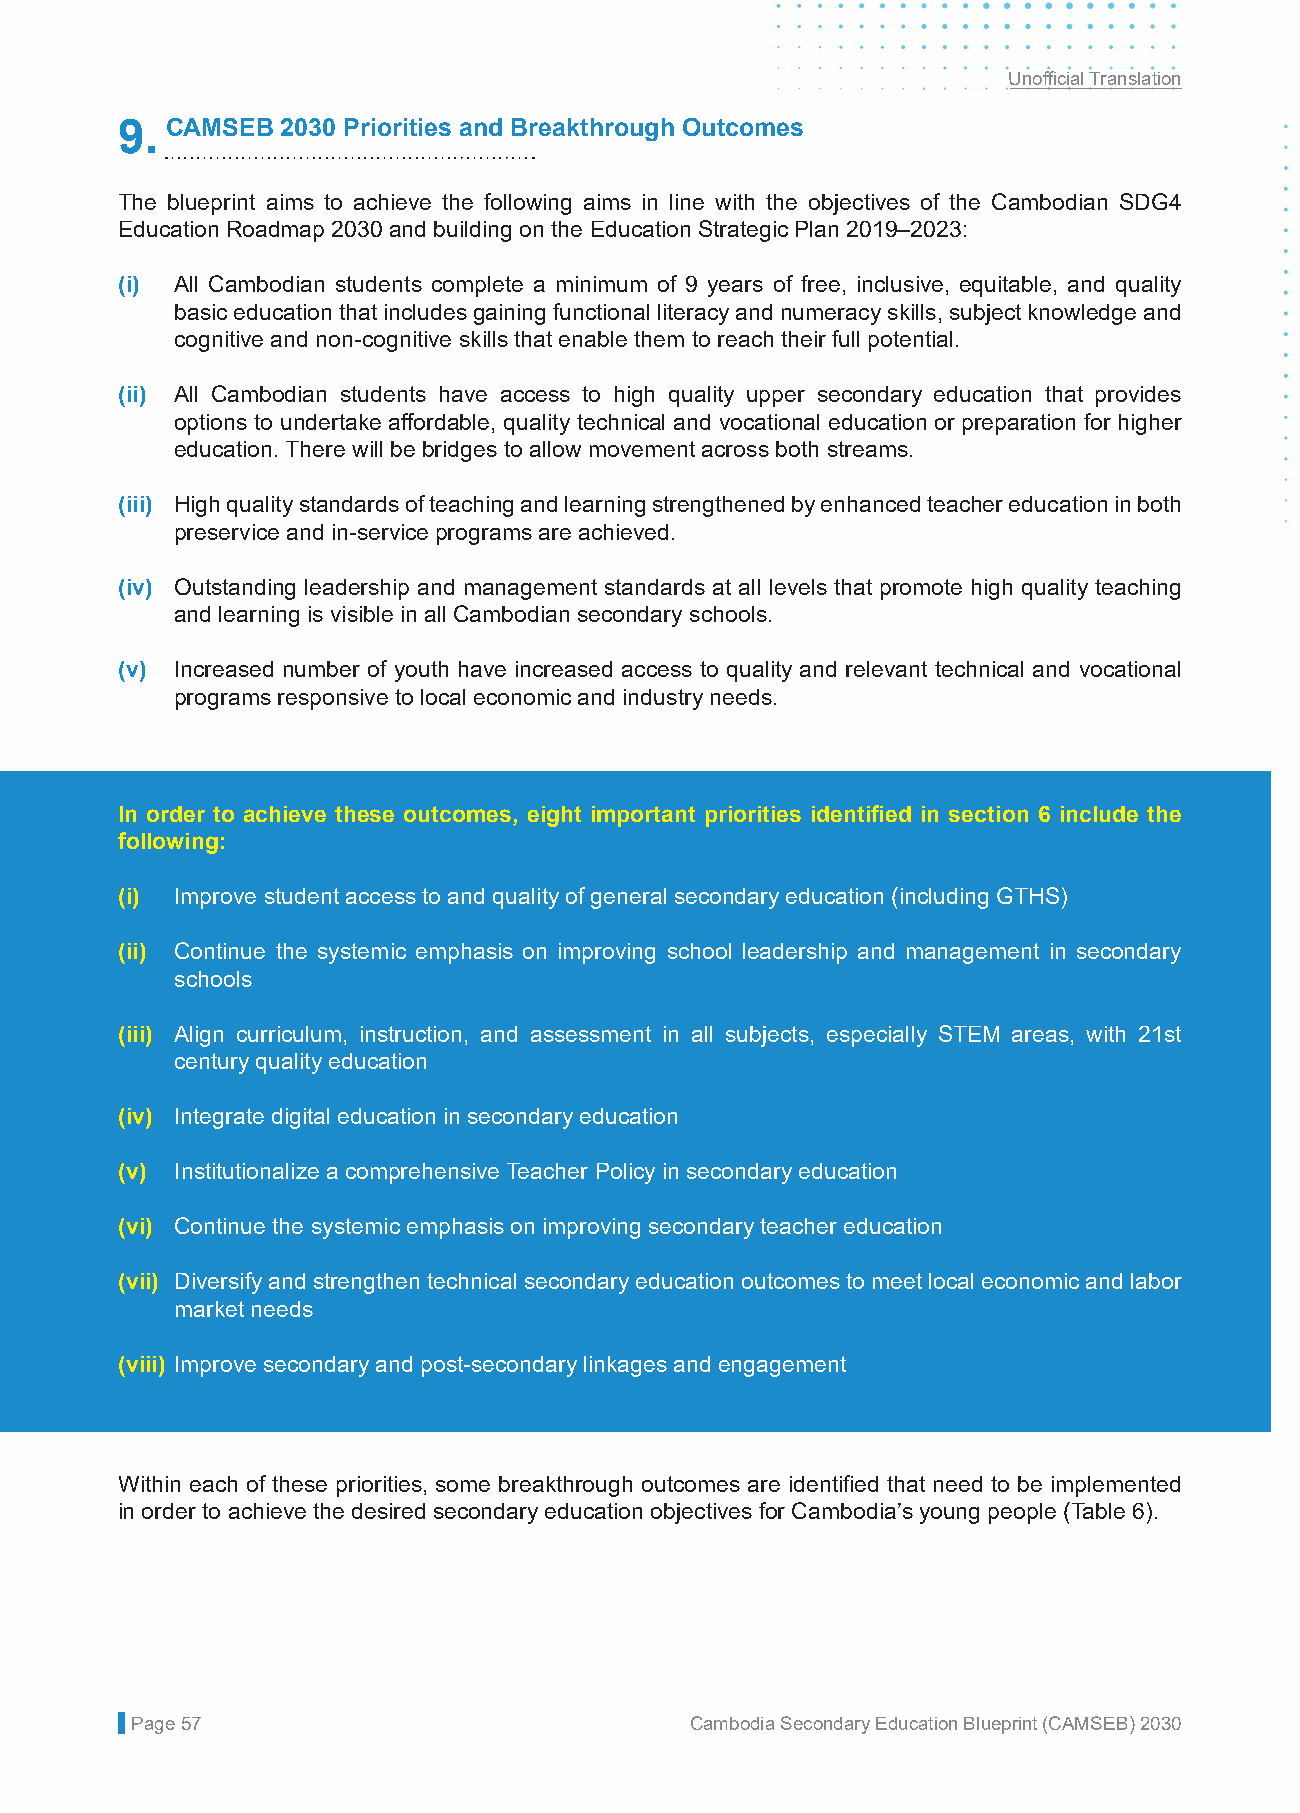
Unofficial Translation
 9. CAMSEB  2030 Priorities and Breakthrough Outcomes
 The blueprint aims to achieve the following aims in line with the objectives of the Cambodian SDG4
 Education Roadmap 2030 and building on the Education Strategic Plan 2019–2023:
 (i) All Cambodian students complete a minimum of 9 years of free, inclusive, equitable, and quality
 basic education that includes gaining functional literacy and numeracy skills, subject knowledge and
 cognitive and non-cognitive skills that enable them to reach their full potential.
 (ii) All Cambodian students have access to high quality upper secondary education that provides
 options to undertake affordable, quality technical and vocational education or preparation for higher
 education. There will be bridges to allow movement across both streams.
 (iii) High quality standards of teaching and learning strengthened by enhanced teacher education in both
 preservice and in-service programs are achieved.
 (iv) Outstanding leadership and management standards at all levels that promote high quality teaching
 and learning is visible in all Cambodian secondary schools.
 (v) Increased number of youth have increased access to quality and relevant technical and vocational
 programs responsive to local economic and industry needs.
 In order to achieve these outcomes, eight important priorities identified in section 6 include the
 following:
 (i) Improve student access to and quality of general secondary education (including GTHS)
 (ii) Continue the systemic emphasis on improving school leadership and management in secondary
 schools
 (iii) Align curriculum, instruction, and assessment in all subjects, especially STEM areas, with 21st
 century quality education
 (iv) Integrate digital education in secondary education
 (v) Institutionalize a comprehensive Teacher Policy in secondary education
 (vi) Continue the systemic emphasis on improving secondary teacher education
 (vii) Diversify and strengthen technical secondary education outcomes to meet local economic and labor
 market needs
 (viii) Improve secondary and post-secondary linkages and engagement
 Within each of these priorities, some breakthrough outcomes are identified that need to be implemented
 in order to achieve the desired secondary education objectives for Cambodia’s young people (Table 6).
 Page 57                              Cambodia Secondary Education Blueprint (CAMSEB) 2030